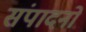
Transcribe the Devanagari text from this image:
संपादनों